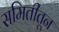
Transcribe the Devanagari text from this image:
समितीतून